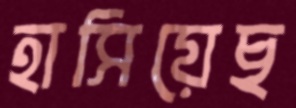
হাসিয়েছ